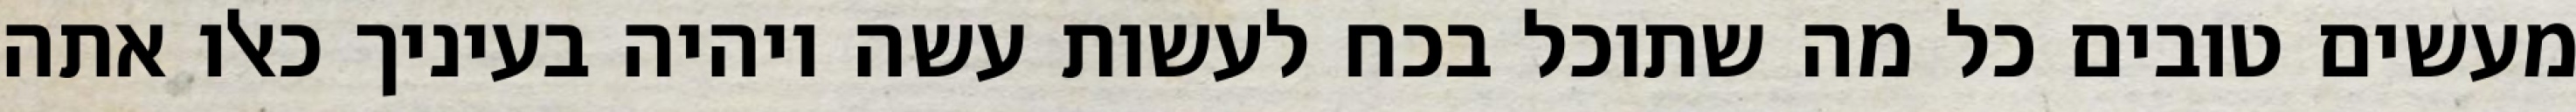
מעשים טובים כל מה שתוכל בכח לעשות עשה ויהיה בעיניך כאלו אתה